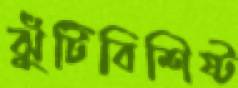
ঝুঁটিবিশিষ্ট